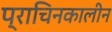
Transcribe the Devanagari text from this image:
प्राचिनकालीन